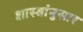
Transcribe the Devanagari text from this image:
शास्त्रांनुसार